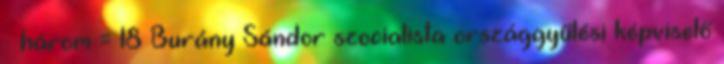
× három = 18 Burány Sándor szocialista országgyűlési képviselő